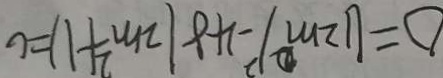
\Delta = ( 1 2 m ) ^ { 2 } - 4 8 ( 2 m ^ { 2 } + 1 ) = 0